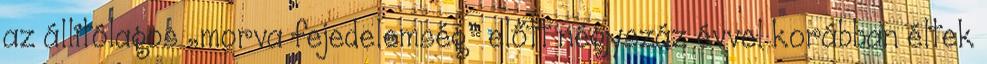
az állítólagos „morva fejedelemség” előtt négyszáz évvel korábban éltek